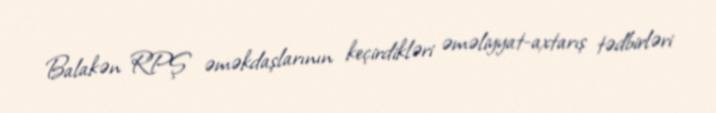
Balakən RPŞ əməkdaşlarının keçirdikləri əməliyyat-axtarış tədbirləri